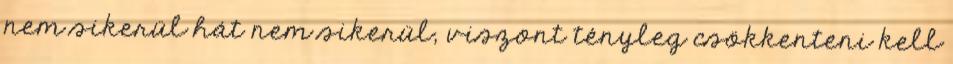
nem sikerül hát nem sikerül, viszont tényleg csökkenteni kell